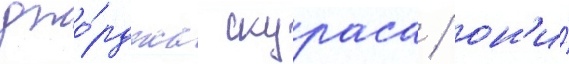
джо́рджа скураса / он'и́